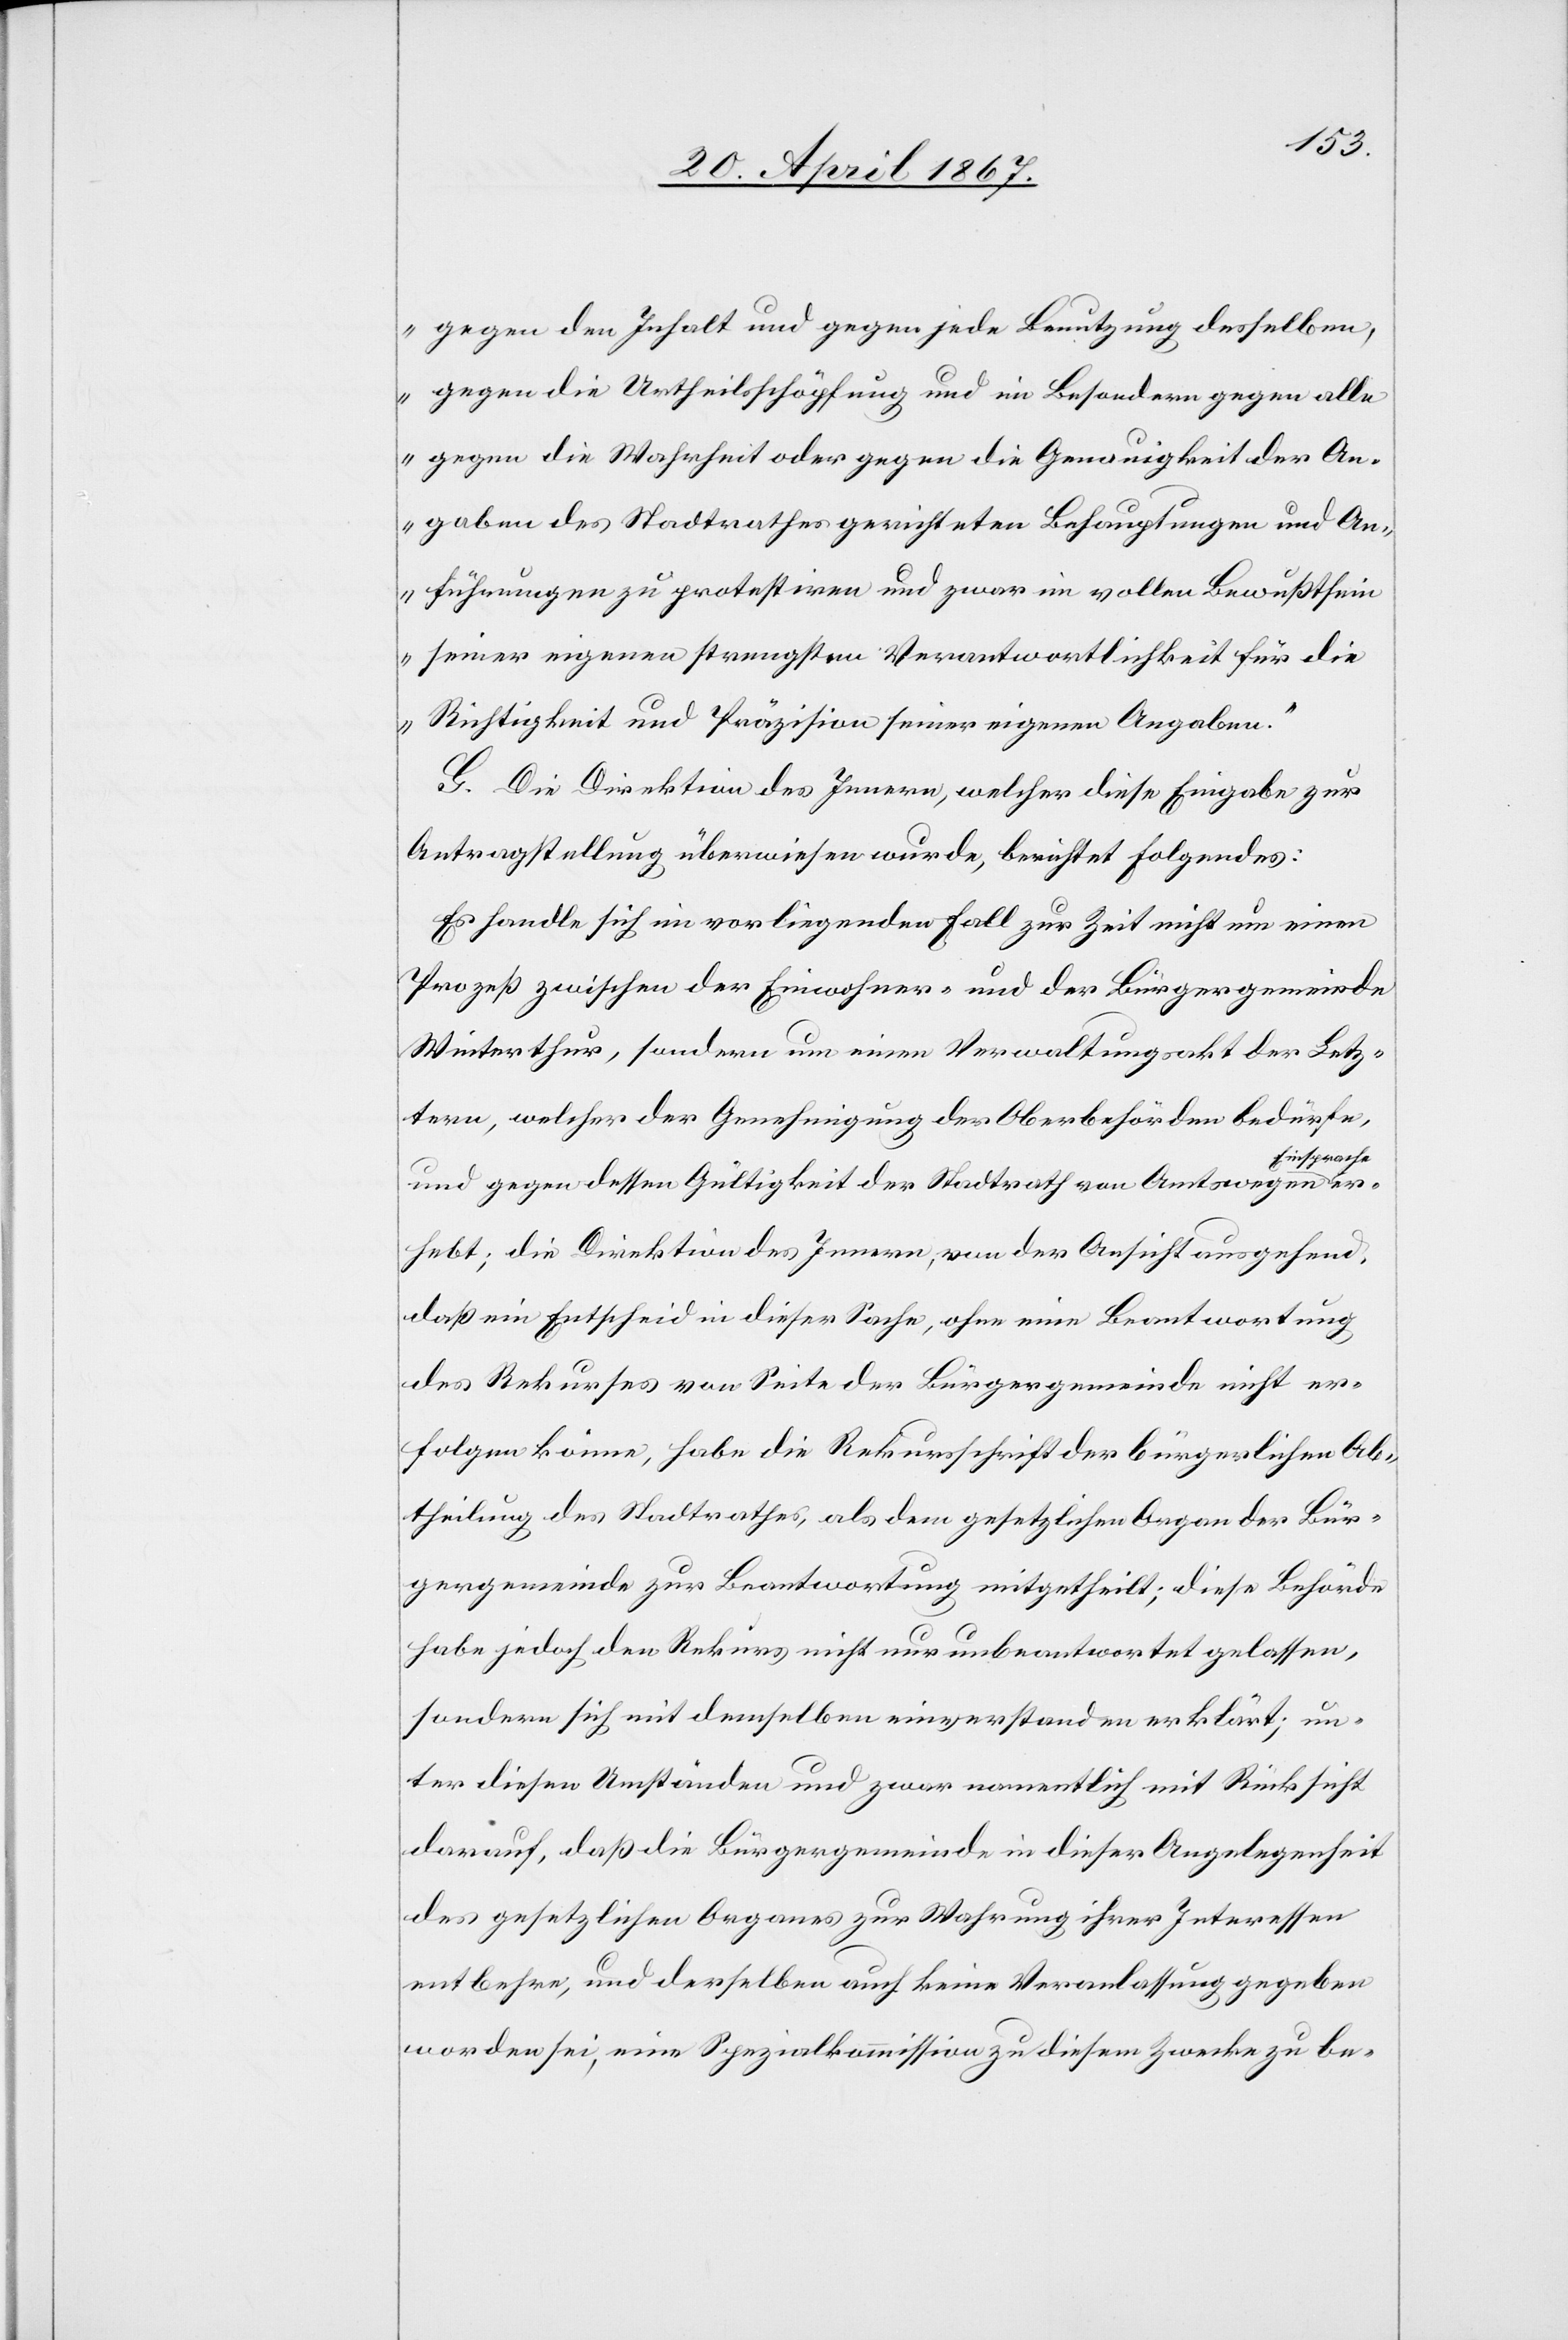
gegen den Inhalt und gegen jede Benutzung desselben,
gegen die Urtheilsschöpfung und in Besonderm gegen alle
gegen die Wahrheit oder gegen die Genauigkeit der An¬
gaben des Stadtrathes gerichteten Behauptungen und An¬
führungen zu protestiren und zwar im vollen Bewußtsein
seiner eigenen strengsten Verantwortlichkeit für die
Richtigkeit und Präzision seiner eigenen Angaben.“
G. Die Direktion des Innern, welcher diese Eingabe zur
Antragstellung überwiesen wurde, berichtet folgendes:
Es handle sich im vorliegenden Fall zur Zeit nicht um einen
Prozeß zwischen der Einwohner- und der Bürgergemeinde
Winterthur, sondern um einen Verwaltungsakt der Letz¬
tern, welcher der Genehmigung der Oberbehörden bedürfe,
Einsprache
und gegen dessen Gültigkeit der Stadtrath von Amts wegen
erhebt; die Direktion des Innern, von der Ansicht ausgehend,
daß ein Entscheid in dieser Sache, ohne eine Beantwortung
des Rekurses von Seite der Bürgergemeinde nicht er¬
folgen könne, habe die Rekursschrift der bürgerlichen Ab¬
theilung des Stadtrathes, als dem gesetzlichen Organ der Bür¬
gergemeinde zur Beantwortung mitgetheilt; diese Behörde
habe jedoch den Rekurs nicht nur unbeantwortet gelassen,
sondern sich mit demselben einverstanden erklärt; un¬
ter diesen Umständen und zwar namentlich mit Rücksicht
darauf, daß die Bürgergemeinde in dieser Angelegenheit
des gesetzlichen Organs zur Wahrung ihrer Interessen
entbehre, und derselben auch keine Veranlassung gegeben
worden sei, eine Spezialkommission zu diesem Zwecke zu be-